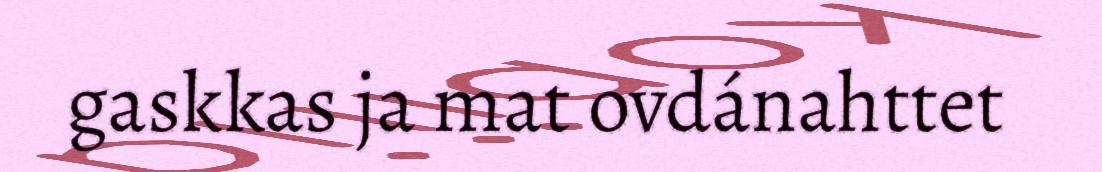
gaskkas ja mat ovdánahttet